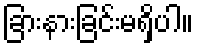
ခြားနားခြင်းမရှိပါ။